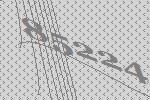
85224